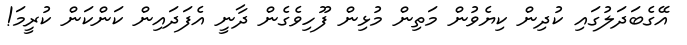
އޭގެބަދަލުގައި ކުދިން ކިޔެވުން މަތިން މުޅިން ފޫހިވެގެން ދާނީ އެފަދައިން ކަންކަން ކުރީމަ!